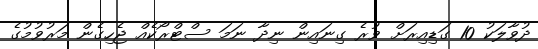
ދުވާލަކު 10 ގަޑިއިރަށް ވުރެ ގިނައިން ނިދާ ނަމަ ސްޓްރޯކެއް ޖެހިގެން މަރުވުމުގެ